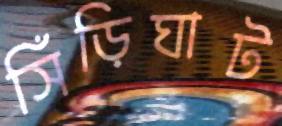
সিঁড়িঘাট